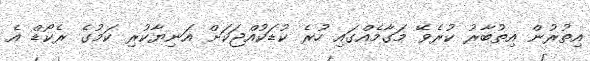
އިތުރުން އިތުބާރު ކުރެވޭ މަގާމެއްގައި ހުރެ ކުޑަކުއްޖަކަށް އަނިޔާކުރި ކަމުގެ ރެކޯޑް އެ